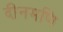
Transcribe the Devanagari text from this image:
दीनमणि